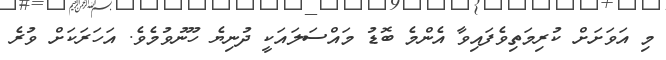
މި އަވަށަށް ކުރިމަތިވެފައިވާ އެންމެ ބޮޑު މައްސަލައަކީ ދުނިޔެ ހޫނުވުމެވެ. އަހަރަކަށް ވުރެ